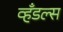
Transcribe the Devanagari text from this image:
व्हँडल्स